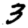
Digit: 3